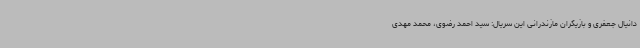
دانیال جعفری و بازیگران مازندرانی این سریال: سید احمد رضوی، محمد مهدی